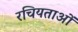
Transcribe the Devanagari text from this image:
रचियताओं